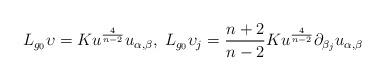
LaTeX: \begin{align*}L_{g_{0}}\upsilon=Ku^{\frac{4}{n-2}}u_{\alpha, \beta}, \;L_{g_{0}}\upsilon_{j}=\frac{n+2}{n-2}Ku^{\frac{4}{n-2}}\partial_{\beta_{j}}u_{\alpha, \beta}\end{align*}